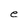
Character: e